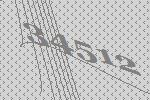
34512